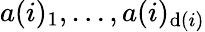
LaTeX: a(i)_{1},\dots,a(i)_{\mathrm{d}(i)}